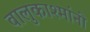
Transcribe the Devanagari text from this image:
वालुकाश्मांनी